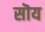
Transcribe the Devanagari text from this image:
सॊय